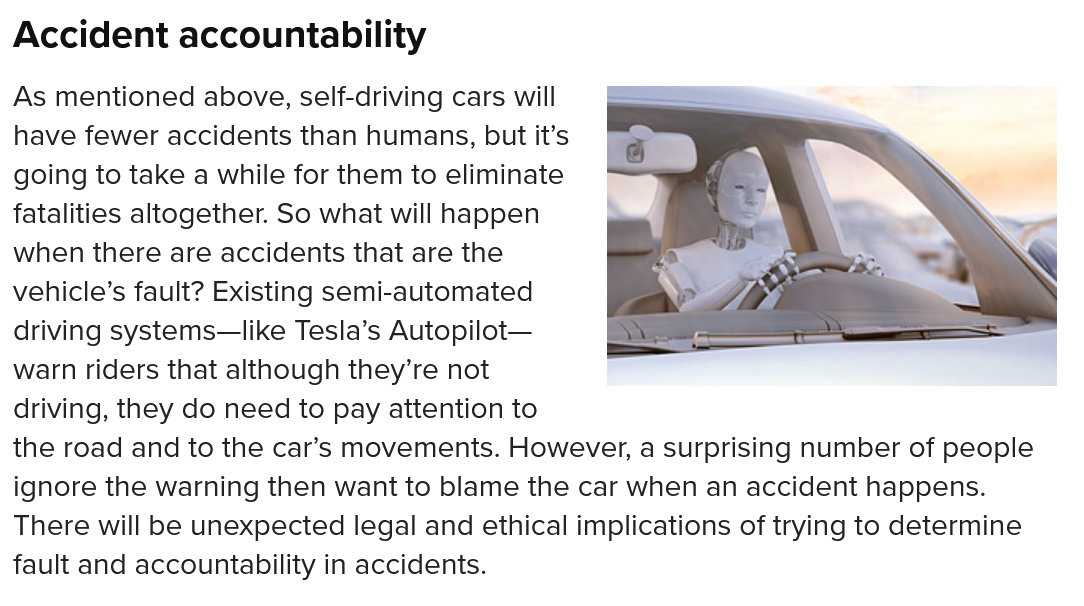
As mentioned above, self-driving cars will
  have fewer accidents than humans, but it’s
  going to take a while for them to eliminate
  fatalities altogether. So what will happen
  when there are accidents that are the
  vehicle’s fault? Existing semi-automated
  driving systems—like Tesla’s Autopilot—
  warn riders that although they’re not
  driving, they do need to pay attention to
  the road and to the car’s movements. However, a surprising number of people
  ignore the warning then want to blame the car when an accident happens.
  There will be unexpected legal and ethical implications of trying to determine
  fault and accountability in accidents.
  Accident  accountability